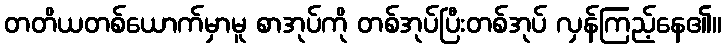
တတိယတစ်ယောက်မှာမူ စာအုပ်ကို တစ်အုပ်ပြီးတစ်အုပ် လှန်ကြည့်နေ၏။